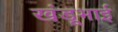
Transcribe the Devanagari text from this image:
खंडूभाई